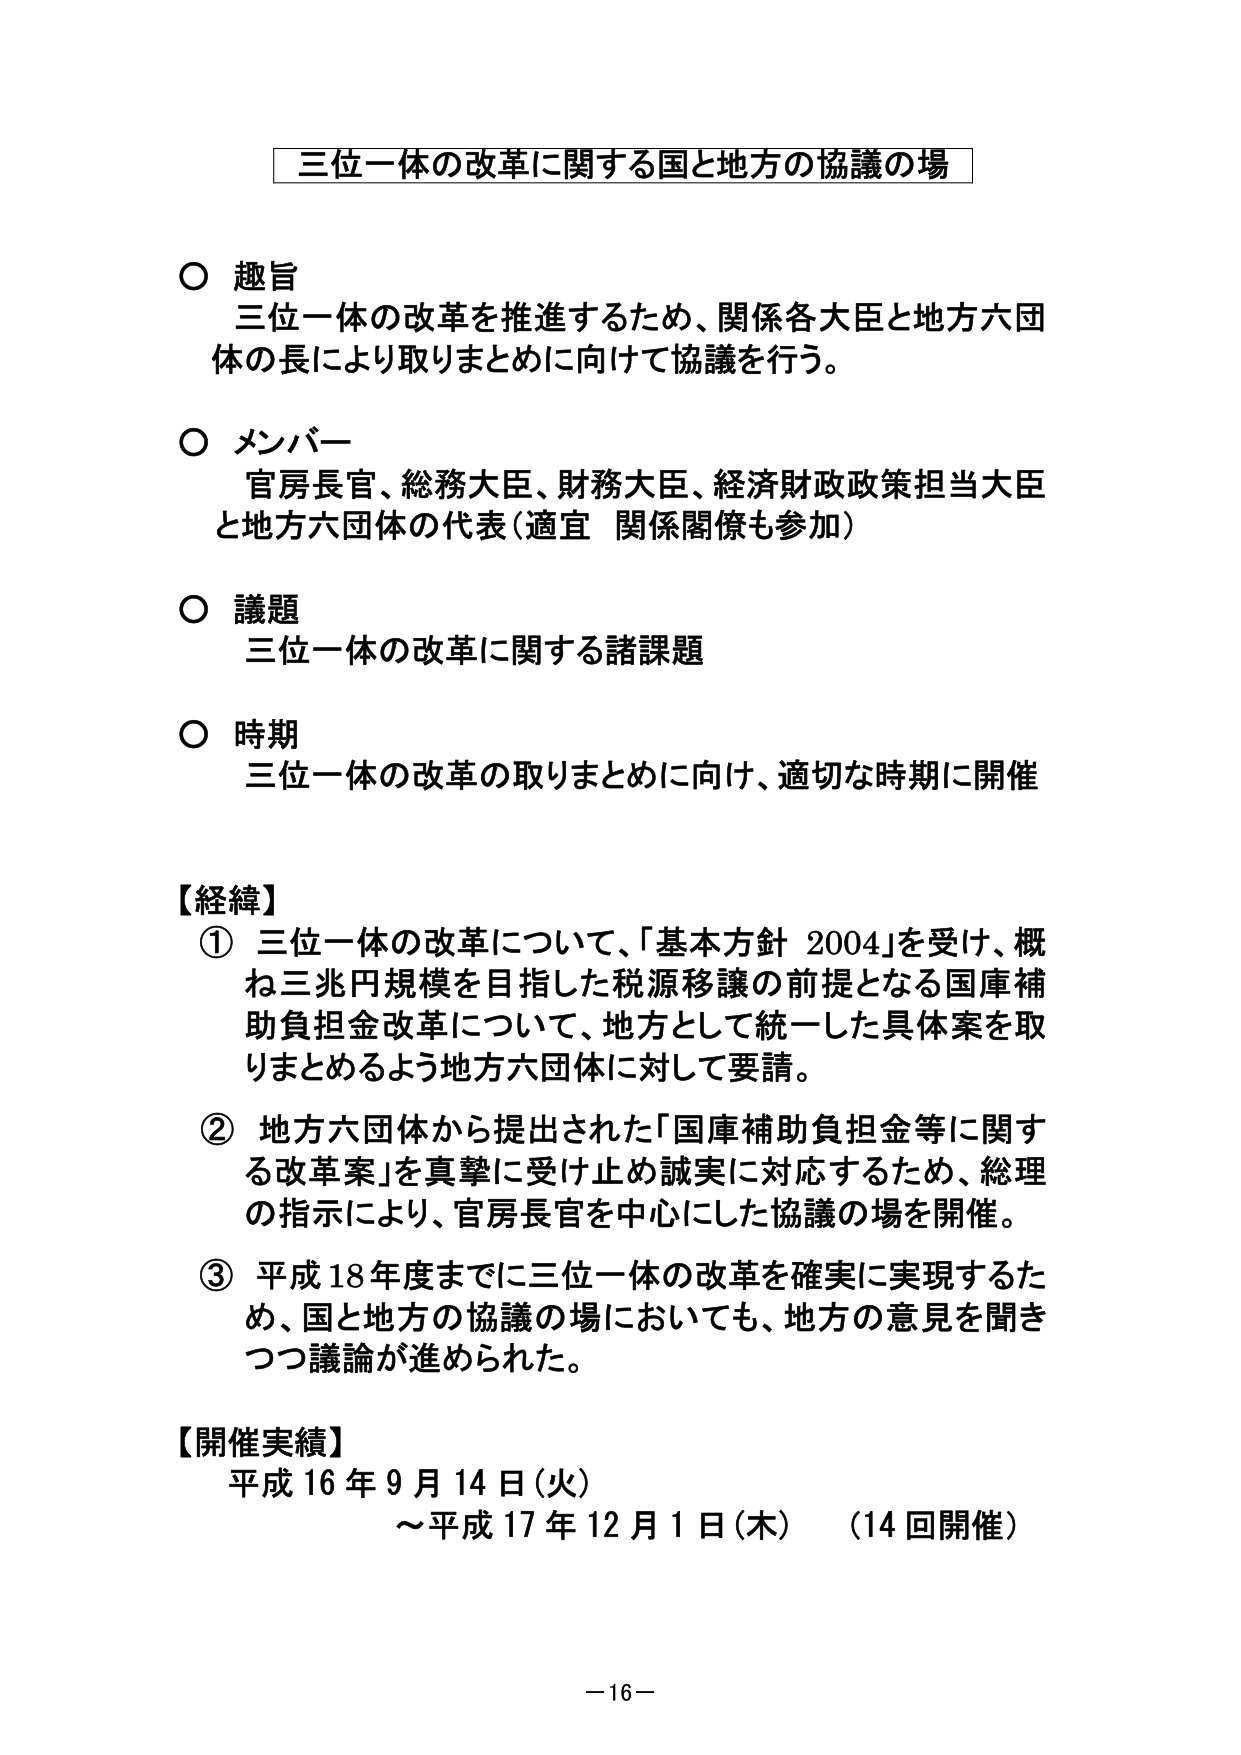
三位一体の改革に関する国と地方の協議の場

○ 趣旨
三位一体の改革を推進するため、関係各大臣と地方六団体の長により取りまとめに向けて協議を行う。

○ メンバー
官房長官、総務大臣、財務大臣、経済財政政策担当大臣と地方六団体の代表（適宜 関係閣僚も参加）

○ 議題
三位一体の改革に関する諸課題

○ 時期
三位一体の改革の取りまとめに向け、適切な時期に開催

【経緯】
① 三位一体の改革について、「基本方針 2004」を受け、概ね三兆円規模を目指した税源移譲の前提となる国庫補助負担金改革について、地方として統一した具体案を取りまとめるよう地方六団体に対して要請。

② 地方六団体から提出された「国庫補助負担金等に関する改革案」を真摯に受け止め誠実に対応するため、総理の指示により、官房長官を中心にした協議の場を開催。

③ 平成18年度までに三位一体の改革を確実に実現するため、国と地方の協議の場においても、地方の意見を聞きつつ議論が進められた。

【開催実績】
平成16年9月14日（火）
～平成17年12月1日（木）（14回開催）

－16－